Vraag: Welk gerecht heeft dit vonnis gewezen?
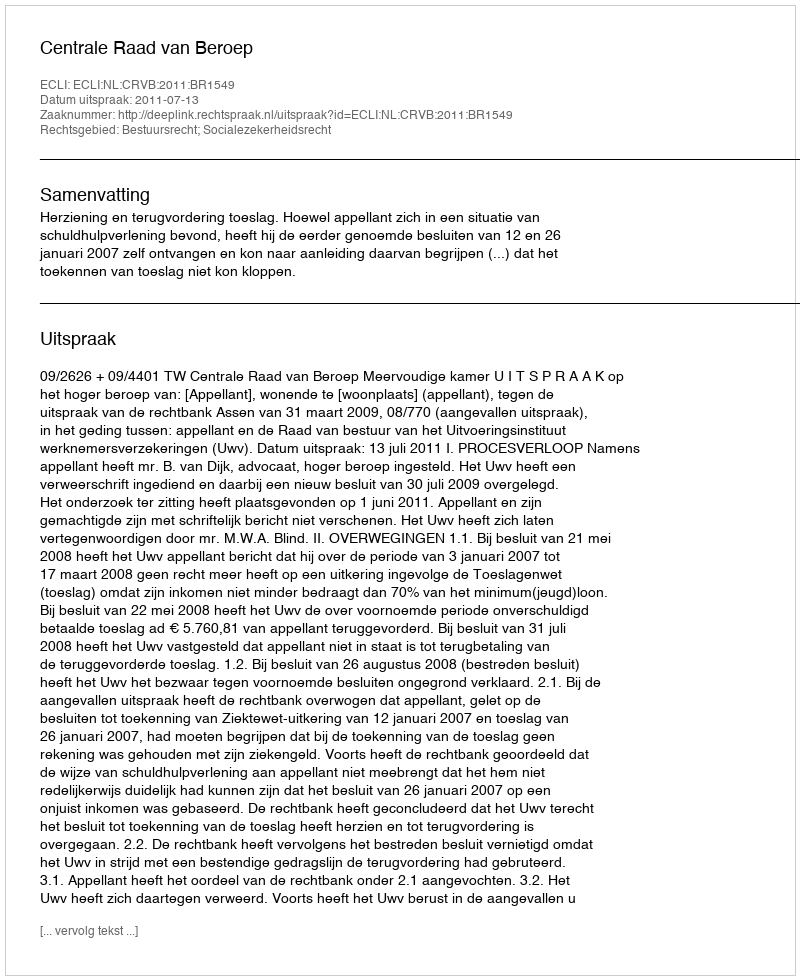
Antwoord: Centrale Raad van Beroep